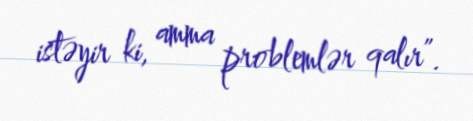
istəyir ki, amma problemlər qalır”.